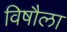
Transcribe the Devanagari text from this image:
विषौला